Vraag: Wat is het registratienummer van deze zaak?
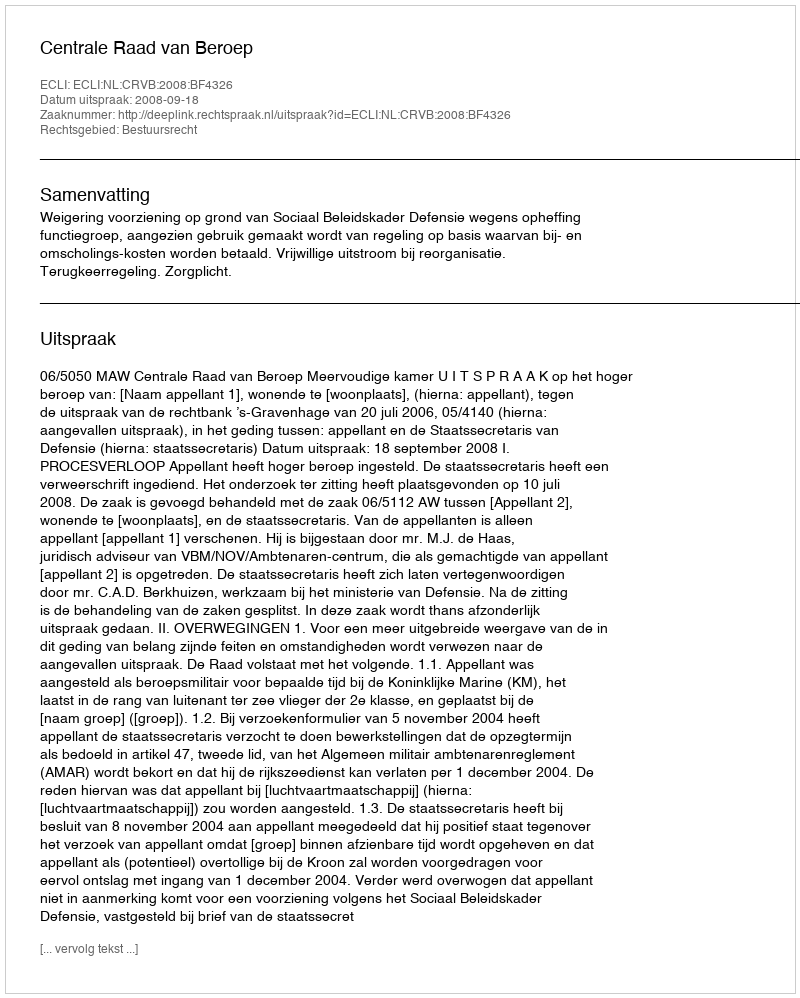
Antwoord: http://deeplink.rechtspraak.nl/uitspraak?id=ECLI:NL:CRVB:2008:BF4326